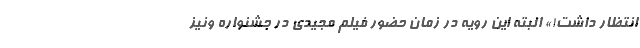
انتظار داشت!» البته این رویه در زمان حضور فیلم مجیدی در جشنواره ونیز